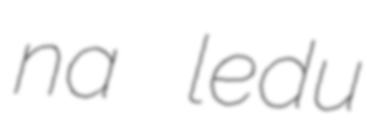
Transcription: na ledu